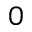
0